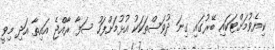
ކިޔެވުމަށްޓަކައި ބޭރުގައި ގިނަ ދުވަސްތަކަކު އުޅުމަށްފަހު ސަފާ ރާއްޖެ އައިތާ އަދި މިވީ